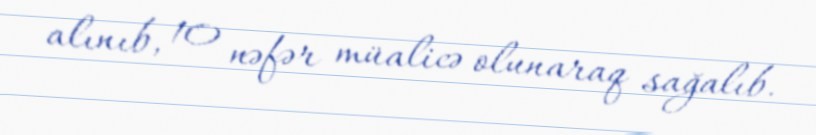
alınıb, 10 nəfər müalicə olunaraq sağalıb.